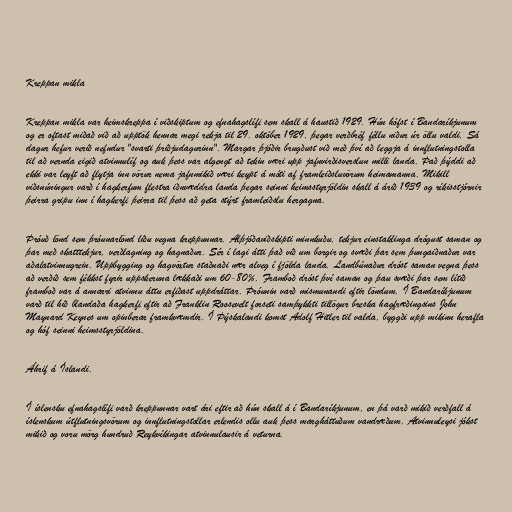
Kreppan mikla

Kreppan mikla var heimskreppa í viðskiptum og efnahagslífi sem skall á haustið 1929. Hún hófst í Bandaríkjunum
og er oftast miðað við að upptök hennar megi rekja til 29. október 1929, þegar verðbréf féllu niður úr öllu valdi. Sá
dagur hefur verið nefndur "svarti þriðjudagurinn". Margar þjóðir brugðust við með því að leggja á innflutningstolla
til að vernda eigið atvinnulíf og auk þess var algengt að tekin væri upp jafnvirðisverslun milli landa. Það þýddi að
ekki var leyft að flytja inn vörur nema jafnmikið væri keypt á móti af framleiðsluvörum heimamanna. Mikill
viðsnúningur varð í hagkerfum flestra iðnvæddra landa þegar seinni heimsstyrjöldin skall á árið 1939 og ríkisstjórnir
þeirra gripu inn í hagkerfi þeirra til þess að geta stýrt framleiðslu hergagna.

Þróuð lönd sem þróunarlönd liðu vegna kreppunnar. Alþjóðaviðskipti minnkuðu, tekjur einstaklinga drógust saman og
þar með skatttekjur, verðlagning og hagnaður. Sér í lagi átti það við um borgir og svæði þar sem þungaiðnaður var
aðalatvinnugrein. Uppbygging og hagvöxtur staðnaði nær alveg í fjölda landa. Landbúnaður dróst saman vegna þess
að verðið sem fékkst fyrir uppskeruna lækkaði um 60-80%. Framboð dróst því saman og þau svæði þar sem lítið
framboð var á annarri atvinnu áttu erfiðast uppdráttar. Þróunin varð mismunandi eftir löndum. Í Bandaríkjunum
varð til hið blandaða hagkerfi eftir að Franklin Roosevelt forseti samþykkti tillögur breska hagfræðingsins John
Maynard Keynes um opinberar framkvæmdir. Í Þýskalandi komst Adolf Hitler til valda, byggði upp mikinn herafla
og hóf seinni heimsstyrjöldina.

Áhrif á Íslandi.

Í íslensku efnahagslífi varð kreppunnar vart ári eftir að hún skall á í Bandaríkjunum, en þá varð mikið verðfall á
íslenskum útflutningsvörum og innflutningstollar erlendis ollu auk þess margháttuðum vandræðum. Atvinnuleysi jókst
mikið og voru mörg hundruð Reykvíkingar atvinnulausir á veturna.